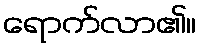
ရောက်လာ၏။